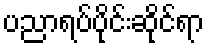
ပညာရပ်ပိုင်းဆိုင်ရာ